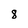
Character: 8